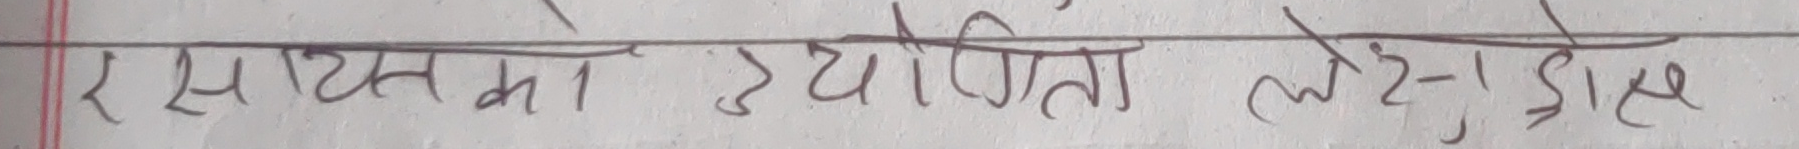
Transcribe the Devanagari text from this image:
र साइस का उडियापिता लेशे, डोस